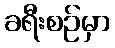
ခရီးစဉ်မှာ